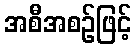
အစီအစဉ်ဖြင့်